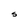
Character: S